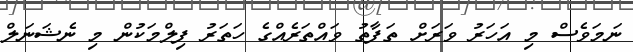
ނަމަވެސް މި އަހަރު ވަރަށް ތަފާތު ވައްތަރެއްގެ ހަތަރު ފިލްމަކުން މި ނެޝަނަލް